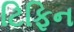
ટિફિન